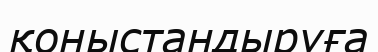
қоныстандыруға